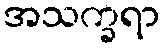
အသက္ခရာ